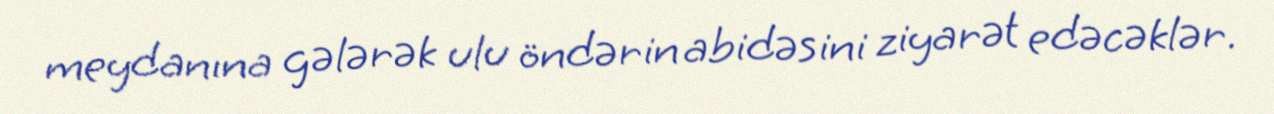
meydanına gələrək ulu öndərin abidəsini ziyarət edəcəklər.